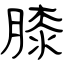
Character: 膝